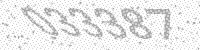
Solution: 033387